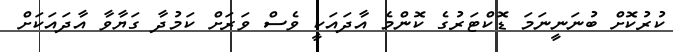
ކުރުކޮށް ބުނަނީނަމަ ޑޮކްޓަރުގެ ކޮންމެ އާދައަކީ ވެސް ވަރަށް ކަމުދާ ގަޔާވާ އާދައަކަށް